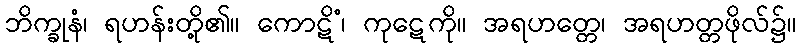
ဘိက္ခုနံ၊ ရဟန်းတို့၏။ ကောဋိံ၊ ကုဋေကို။ အရဟတ္တေ၊ အရဟတ္တဖိုလ်၌။